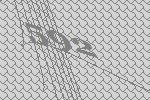
592